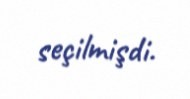
seçilmişdi.